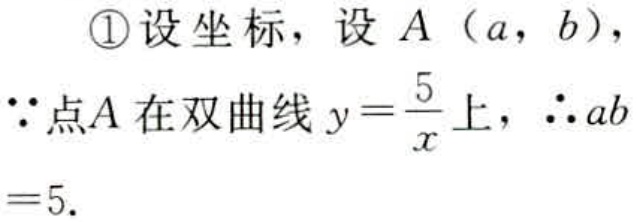
\textcircled{1}设坐标，设\(A(a,b)\)，
\(\because\)点\(A\)在双曲线\(y = \frac{5}{x}\)上，\(\therefore ab = 5\).